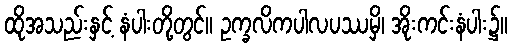
ထိုအသည်းနှင့် နံပါးတို့တွင်။ ဥက္ခလိကပါလပဿမှိ၊ အိုးကင်းနံပါး၌။